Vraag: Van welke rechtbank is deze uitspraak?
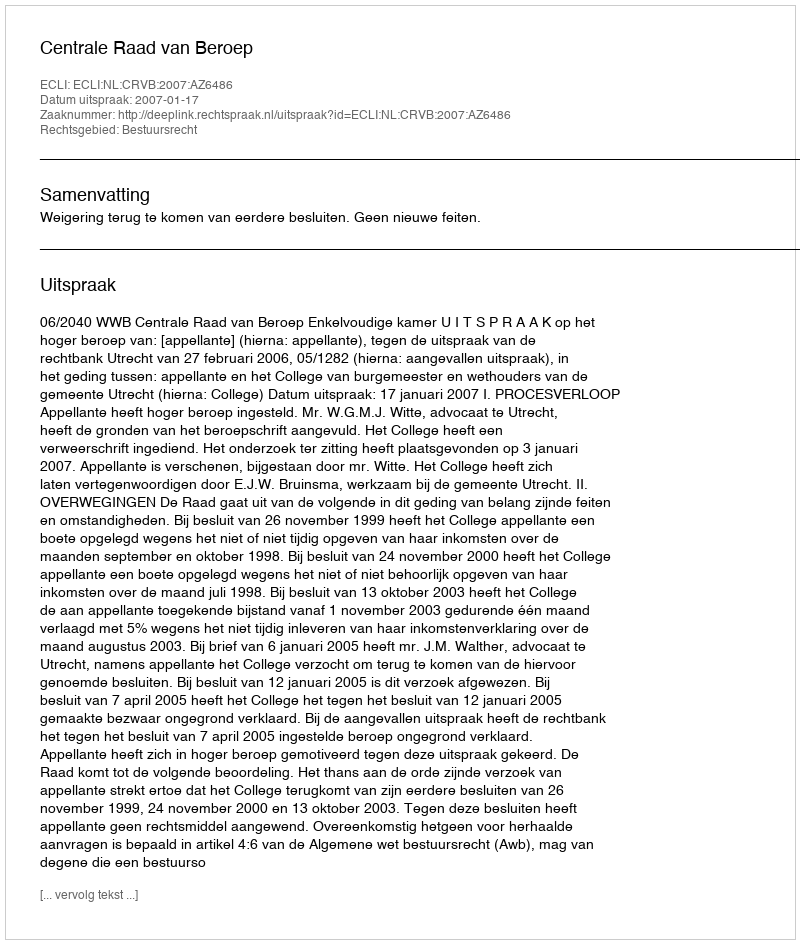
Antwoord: Centrale Raad van Beroep